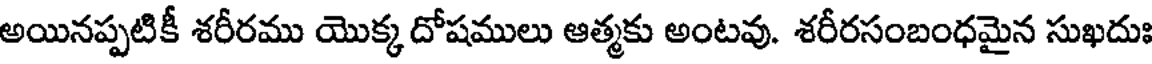
అయినప్పటికీ శరీరము యొక్క దోషములు ఆత్మకు అంటవు. శరీరసంబంధమైన సుఖదుః